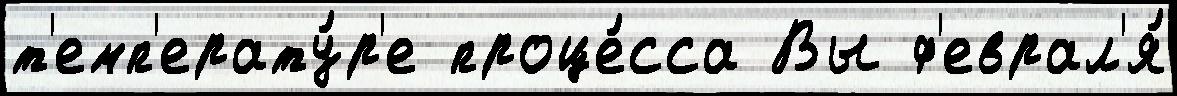
т'емп'ерату́р'е проце́сса Вы ф'еврал'я́